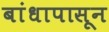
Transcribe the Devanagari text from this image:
बांधापासून